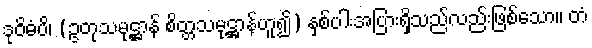
ဒုဝိဓံပိ၊ (ဥတုသမုဋ္ဌာန် စိတ္တသမုဋ္ဌာန်ဟူ၍) နှစ်ပါးအပြားရှိသည်လည်းဖြစ်သော။ တံ